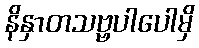
နိနှာတသဗ္ဗပါပေါမှိ